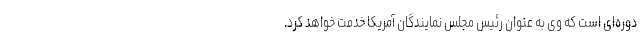
دوره‌ای است که وی به عنوان رئیس مجلس نمایندگان آمریکا خدمت خواهد کرد.